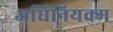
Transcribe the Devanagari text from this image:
अधिनियक्म